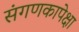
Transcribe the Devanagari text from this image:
संगणकापेक्षा